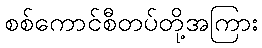
စစ်ကောင်စီတပ်တို့အကြား